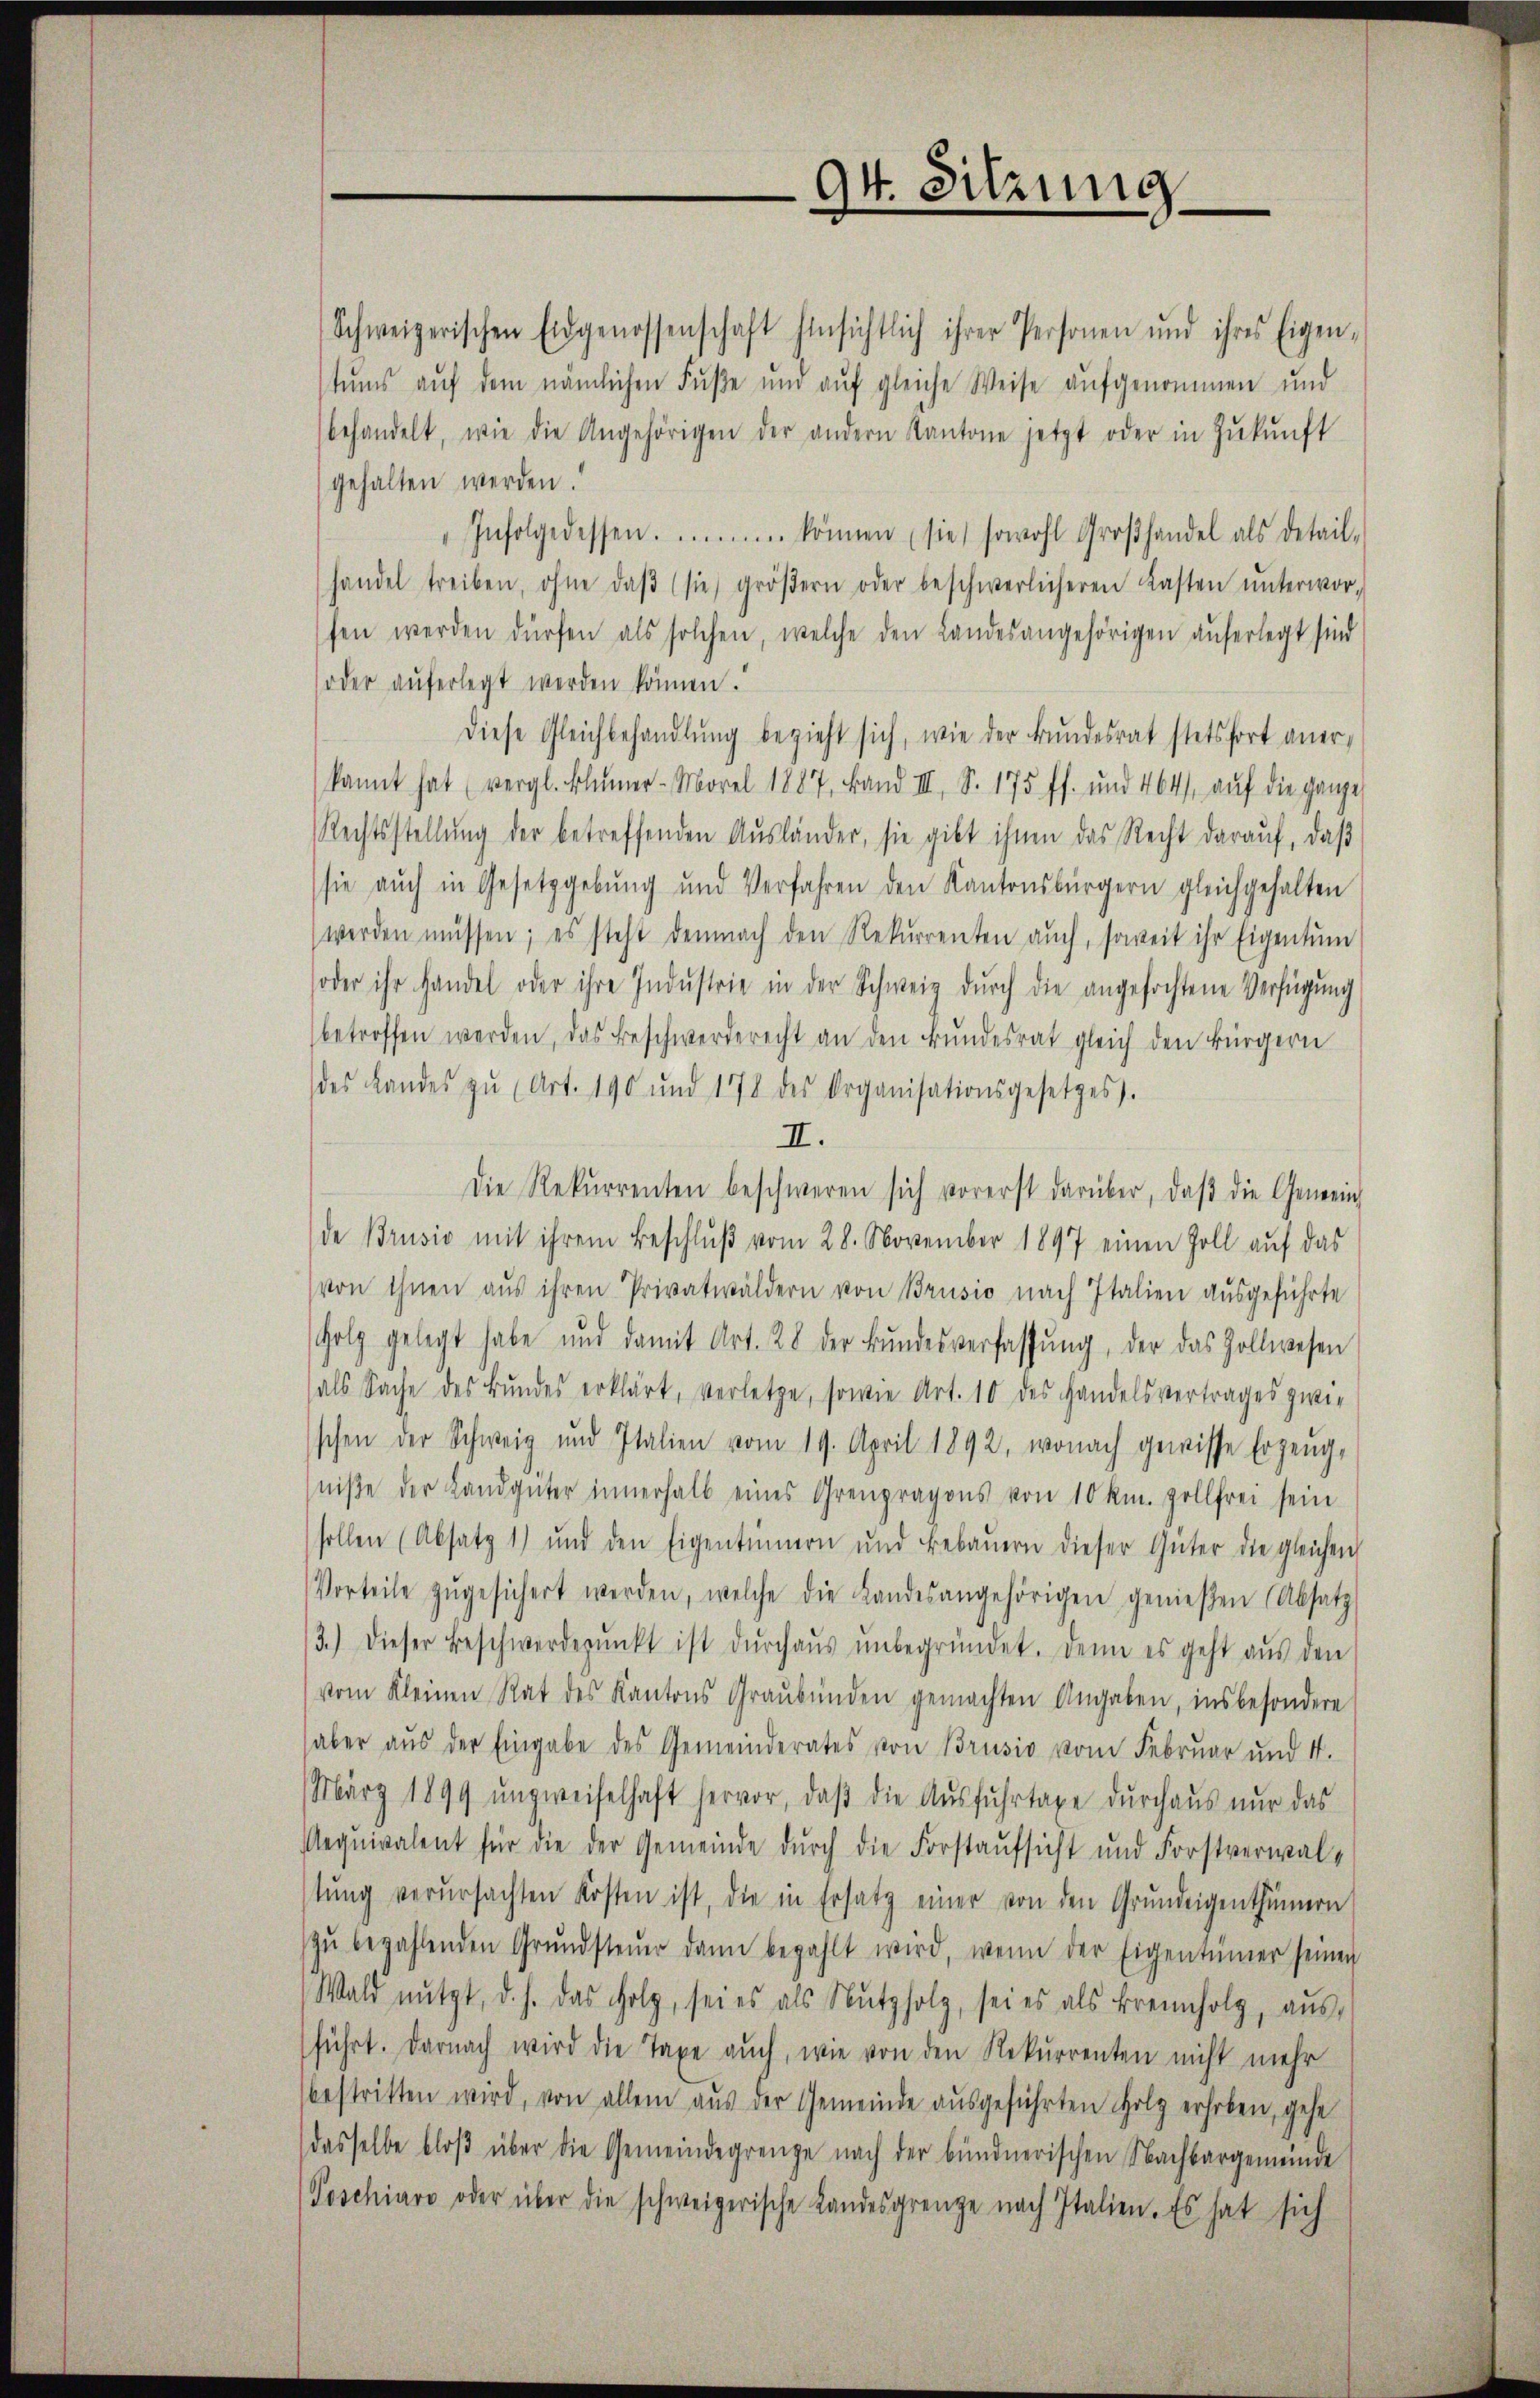
Schweizerischen Eidgenossenschaft hinsichtlich ihrer Personen und ihres Eigen-
tums aŭf dem nämlichen Fuße und aŭf gleiche Weise aufgenommen und
behandelt, wie die Angehörigen der andern Kantone jetzt oder in Zŭkŭnft
gehalten werden.
Infolge dessen. ...... können sie sowohl Groβhandel als Detail-
handel treiben, ohne daβ sie gröβern oder beschwerlicheren Lasten ŭnterwor-
fen werden dürfen als solchen, welche den Landesangehörigen aŭferlegt sind
soder aŭferlegt werden können.
diese Gleichbehandlŭng bezieht sich, wie der Bŭndesrat stetsfort aner-
kannt hat (vergl. Blümer-Morel 1887, Band III, S. 175 ff. und 464. aŭf die ganze
Rechtsstellŭng der betreffenden Aŭsländer, sie gibt ihnen das Recht darauf, daß
sie aŭch in Gesetzgebung und Verfahren den Kantonsbürgern gleichgehalten
werden müssen; es steht demnach den Rekurrenten auch, soweit ihr Eigentum
soder ihr Handel oder ihre Indŭstrie in der Schweiz dŭrch die angefochtene Verfügŭng
betroffen werden, das Beschwerderecht an den Bŭndesrat gleich den Bürgern
des Landes zŭ (Art. 190 und 1778 des Organisationsgesetzes).
II.
Die Rekurrenten beschweren sich vorerst darüber, daβ die Gemein
de Brusio mit ihrem Beschlŭβ vom 28. November 1897 einen Zoll aŭf das
von ihnen aus ihren Privatwäldern von Brusio nach Italien ausgeführte
Holz gelegt habe und damit Art. 28 der Bŭndesverfassŭng, der das Zollwesen
als Sache des Bundes erklärt, verletze, sowie Art. 10 des Handelsvertrages zwi-
schen der Schweiz und Italien vom 19. April 1892, wonach gewisse Erzeug-
niße der Landgüter innerhalb eines Grenpragons von 10 km. Zollfrei sein
sollen (Absatz 1) und den Eigentümern und Bebaŭern dieser Güter die gleichen
Vorteile zŭgesichert werden, welche die Landesangehörigen genießen (Absatz
3.) Dieser Beschwerdepŭnkt ist dŭrchaŭs ŭnbegründet. Denn es geht aŭs den
vom Kleinen Rat des Kantons Graubünden gemachten Angaben, insbesondere
aber aŭs der Eingabe des Gemeinderates von Brusio vom Februar und 4.
März 1899 ŭnzweifelhaft hervor, daβ die Aŭsfŭhrtaxe dŭrchaŭs nŭr das
Aequivalent für die der Gemeinde durch die Forstaufsicht und Forstverwaltŭng verŭrsachten Kosten ist, die in Ersatz einer von den Grundeigenthümern
zŭ bezahlenden Grŭndsteŭer dann bezahlt wird, wenn der Eigentümer seinen
Wald nützt, d. h. das Holz, sei es als Nŭtzfolg, sei es als Brennholz, aŭs,
führt. Darnach wird die Taxe auch, wie von den Rekurrenten nicht mehr
bestritten wird, von allem aŭs der Gemeinde aŭsgeführten Holz erhoben, gehe
dasselbe bloβ über die Gemeindegrenze nach der bündnerischen Nachbargemeinde
Poschiare oder über die schweizerische Landesgrenze nach Italien. Es hat sich

94. Sitzung